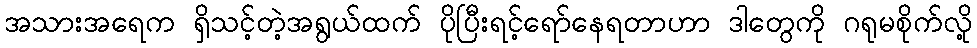
အသားအရေက ရှိသင့်တဲ့အရွယ်ထက် ပိုပြီးရင့်ရော်နေရတာဟာ ဒါတွေကို ဂရုမစိုက်လို့